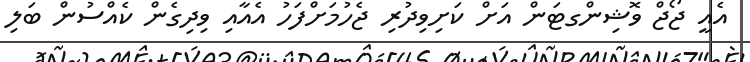
އެއީ ޖޯޖް ވޮޝިންގޓަން އަށް ކަށިވިދުރި ޖެހުމަށްފަހު އެއާއި ވިދިގެން ކެއްސުން ބަލި